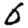
Digit: 6